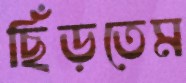
ছিঁড়তেম